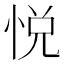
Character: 悦